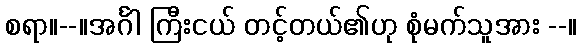
စရာ။--။အင်္ဂါ ကြီးငယ် တင့်တယ်၏ဟု စုံမက်သူအား --။